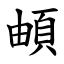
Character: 頔